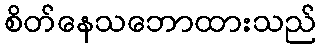
စိတ်နေသဘောထားသည်